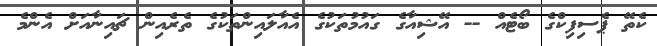
ކެތޭ ޕެސިފިކްގެ ބޯޓެއް -- އޭޝިއާގެ ގައުމުތަކުގެ އެއާލައިންތަކުގެ ތެރެއިން ޗައިނާއަށް އެންމެ